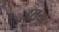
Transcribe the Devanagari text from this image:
इलया